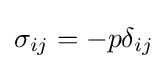
\sigma _{ij}=-p\delta _{ij}